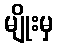
မျိုးမှ